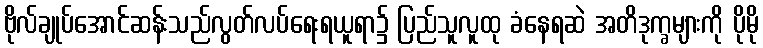
ဗိုလ်ချုပ်အောင်ဆန်းသည်လွတ်လပ်ရေးရယူရာ၌ ပြည်သူလူထု ခံနေရဆဲ အတိဒုက္ခများကို ပိုမို